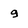
Character: g